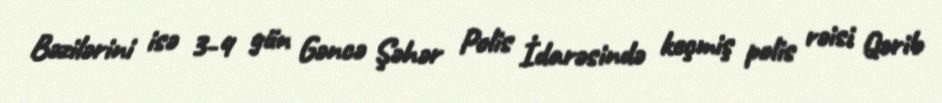
Bəzilərini isə 3-4 gün Gəncə Şəhər Polis İdarəsində keçmiş polis rəisi Qərib